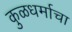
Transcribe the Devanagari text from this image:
कुळधर्माचा